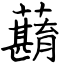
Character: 蘛